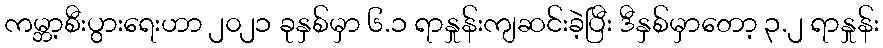
ကမ္ဘာ့စီးပွားရေးဟာ ၂၀၂၁ ခုနှစ်မှာ ၆.၁ ရာနှုန်းကျဆင်းခဲ့ပြီး ဒီနှစ်မှာတော့ ၃.၂ ရာနှုန်း